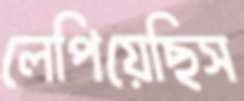
লেপিয়েছিস